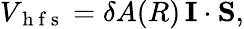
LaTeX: \begin{array}{r}{V_{\mathrm{~h~f~s~}}=\delta A(R)\, {\mathbf I}\cdot{\mathbf S},}\end{array}